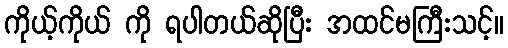
ကိုယ့်ကိုယ် ကို ရပါတယ်ဆိုပြီး အထင်မကြီးသင့်။